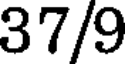
37/9